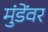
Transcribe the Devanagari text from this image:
मुंडेंवर